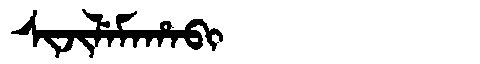
Manchu: ᠰᡳᠵᡳᠯᡝᠮᠠᡥᠠᠪᡳ
Romanization: SIJILEMAHABI